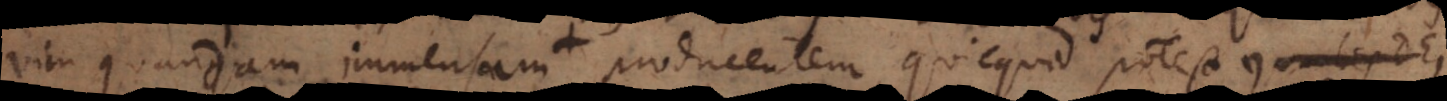
vim quandam immensam producentem quicquid potest, qualis